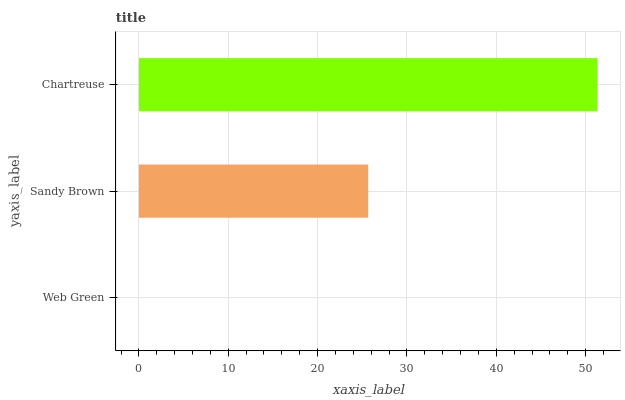
| yaxis_label | bars |
 | --- | --- |
 | Web Green | 0 |
 | Sandy Brown | 25.7 |
 | Chartreuse | 51.3 |